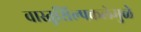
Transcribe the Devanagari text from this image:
वास्तुशिल्पकलेमुळे